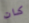
كان